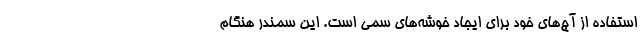
استفاده از آج‌های خود برای ایجاد خوشه‌های سمی است. این سمندر هنگام